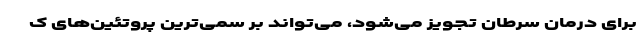
برای درمان سرطان تجویز می‌شود، می‌تواند بر سمی‌ترین پروتئین‌های ک